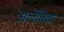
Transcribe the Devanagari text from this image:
अलेंबिक